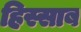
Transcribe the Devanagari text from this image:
हिस्साब